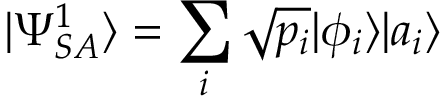
| \Psi _ { S A } ^ { 1 } \rangle = \sum _ { i } { \sqrt { p _ { i } } } | \phi _ { i } \rangle | a _ { i } \rangle